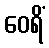
ဝေရိံ